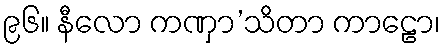
၉၆။ နီလော ကဏှာ’သိတာ ကာဠော၊